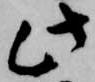
此